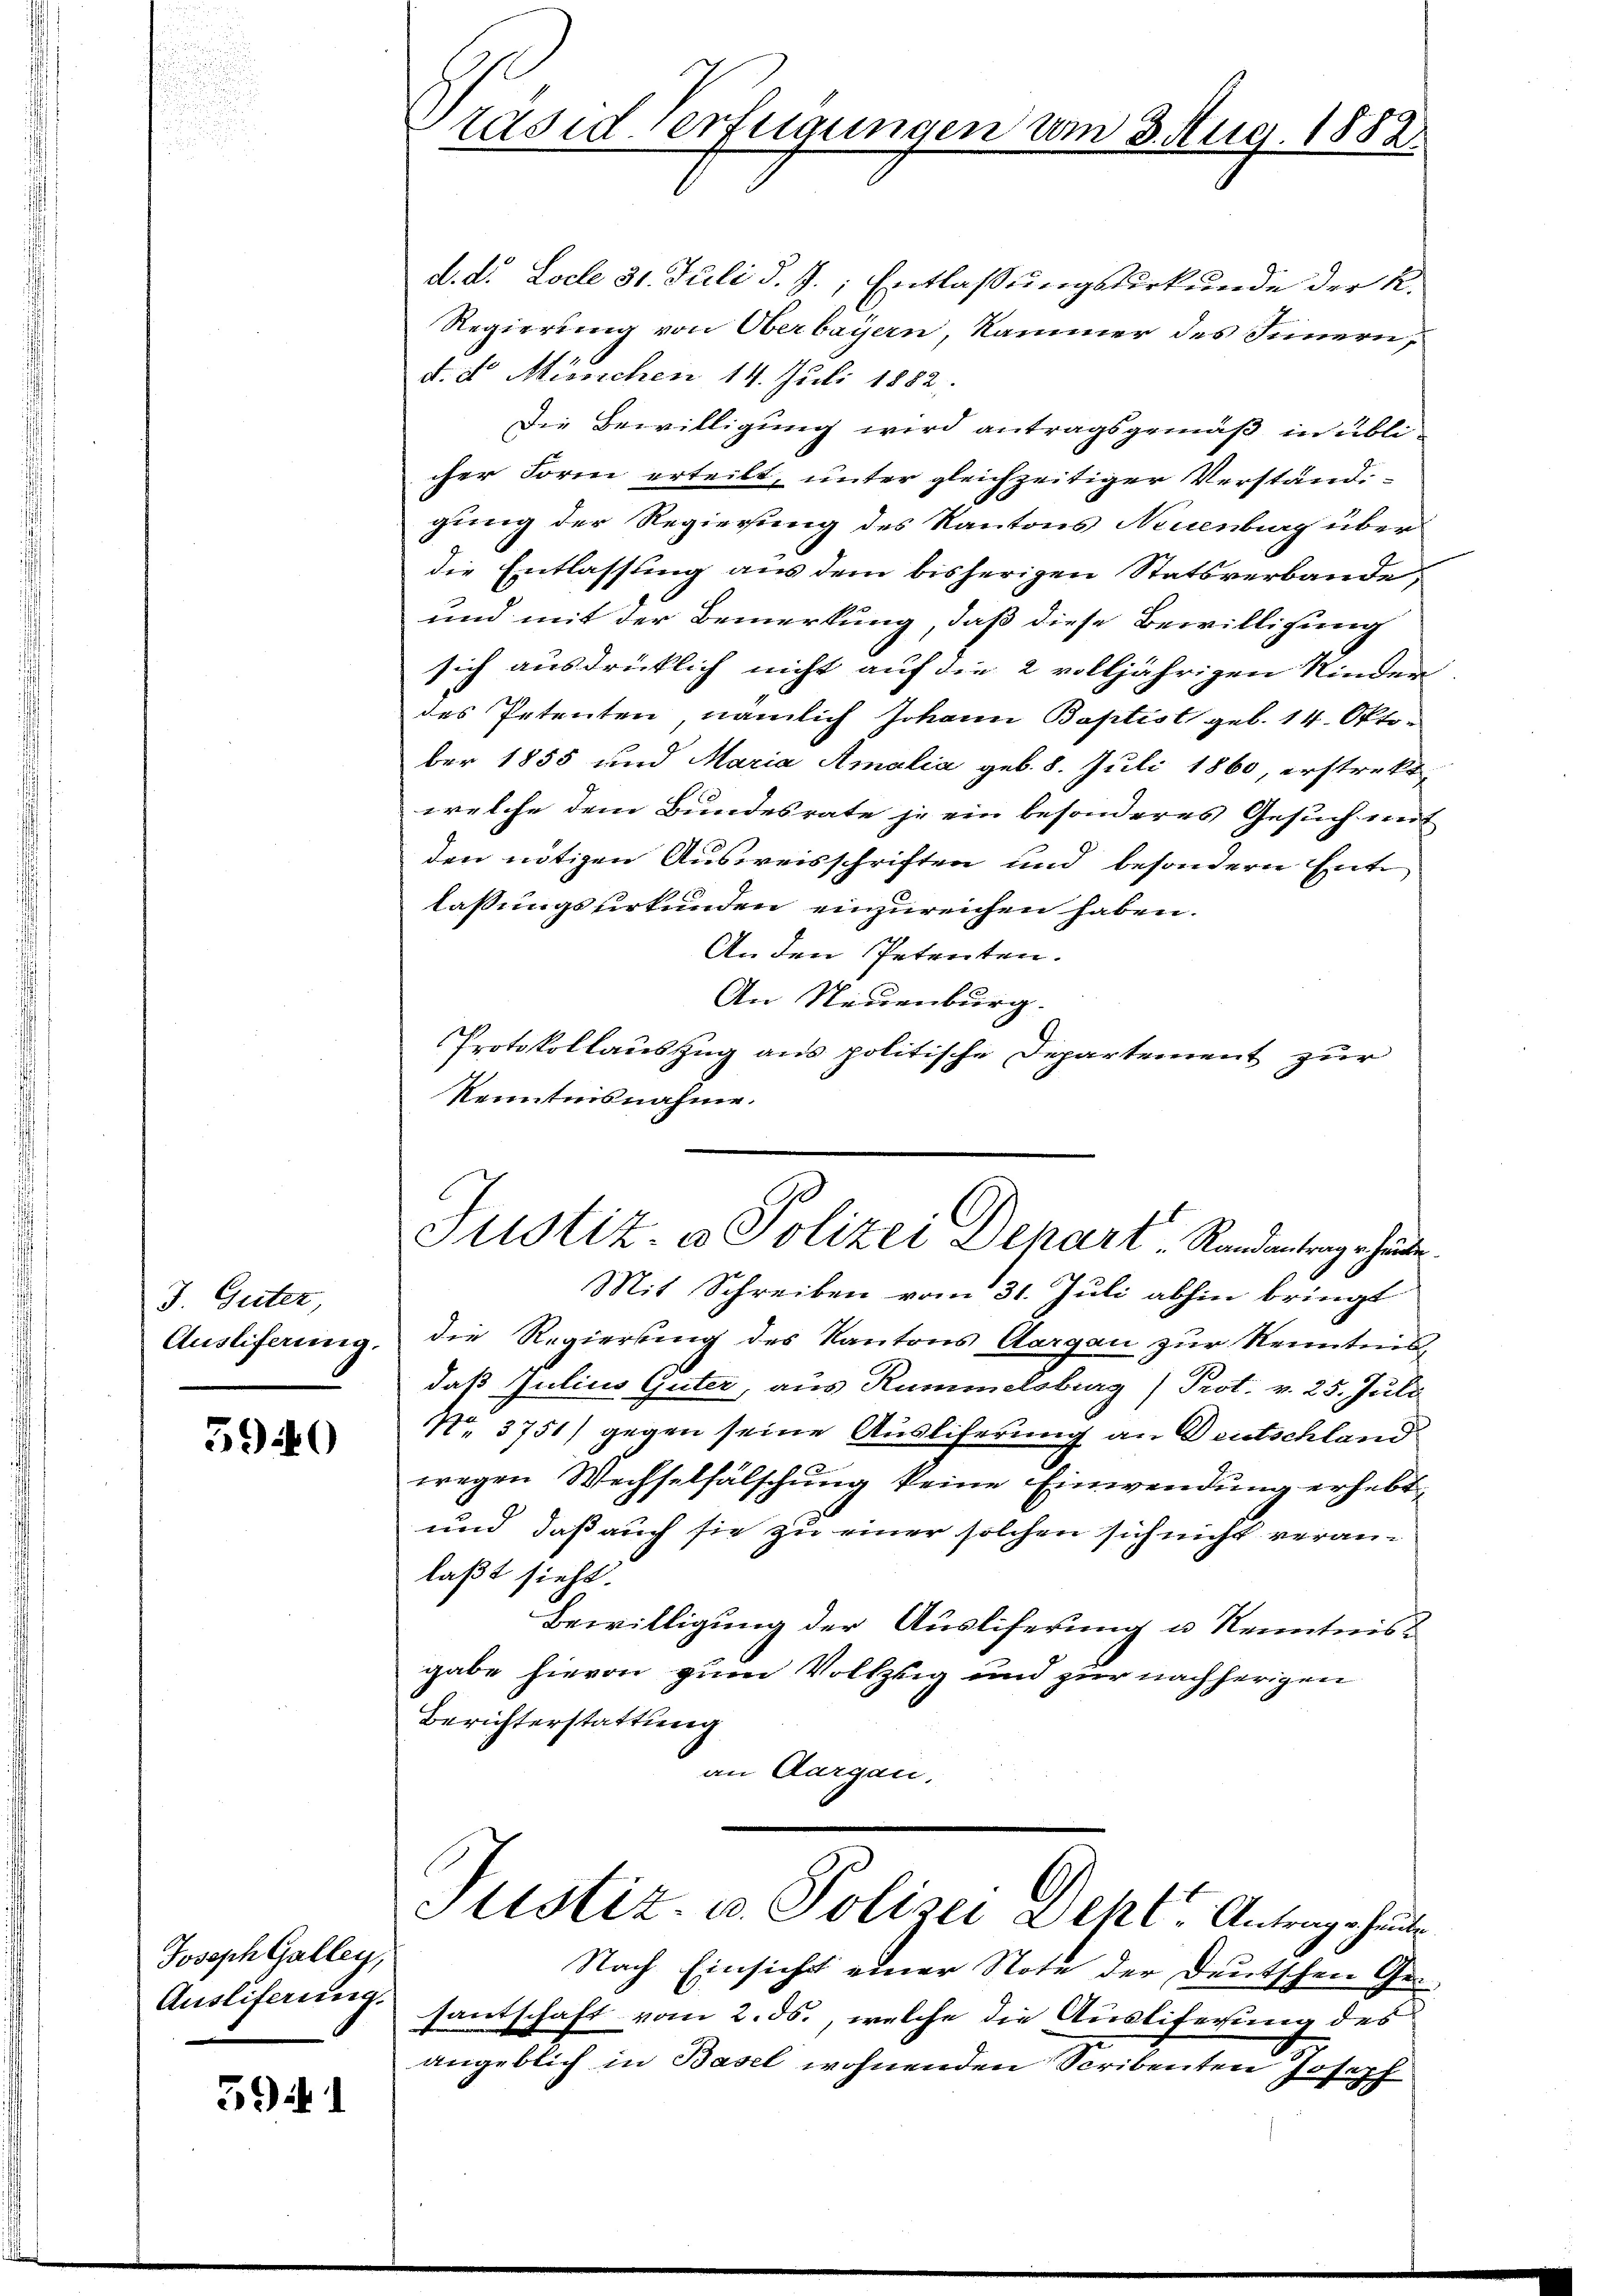
räsiderftigungen um 3. Aug. 1882

d. d. Locle 31. Juli d. J., Entlaßungsurkunde der K.
Regierung von Oberbayern, Kammer des Innern,
d. d. Müsschen 14. Juli 1882
Die Bewilligung wird antragsgemäß in üblicher Form erteilt, unter gleichzeitiger Verständ
gung der Regierung des Kantons Neuenburg über
die Entlassung aus dem bisherigen Statsverbande,
und mit der Bemerkung, daß diese Bewilligung
sich ausdrücklich nicht auf die 2 volljährigen Kinder
des Petenten, nämlich Johann Baptist geb. 14. Oktober 1855 und Maria Amalia geb. 8. Juli 1860, erstreke
welche dem Bundesrate je ein besonderes Gesuch auf
den nötigen Ausweisschriften und besondern Entlassungsurkunden einzureichen haben.
An den Petenten.
An Neuenburg.
Protokollauszug aus politische Departement zur
Kenntnisnahme.

Justiz- & Polizei Depart - Rundentrag hinde

Mit Schreiben vom 31. Juli abhin bringt
die Regierung des Kantons Aargau zur Kenntnisdaß Julius Güter, aus Rummelsburg) Prot. v. 25. Juli
N. 3751) gegen seine Ausliferung an Deutschland
wegen Wechselfälschung keine Einwendung erhebt,
und daß auch sie zu einer solchen sich nicht veran-
laßt sieht.
Bewilligung der Ausliferung u Kenntnis
gabe hievon zum Vollzug und zur nachherigen
Berichterstattung
an Aargau,
Stistiz u. Polizei Deht. Antrage heute
Nach Einsicht einer Note der Deutschen Gesantschaft vom 2. ds., welche die Ausliferung des
angeblich in Basel wohnenden Scribenten Joseph

J. Güter
Auslieferung.

5940

Joseph Galley,
Ausliferung.

394. 1